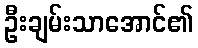
ဦးချမ်းသာအောင်၏